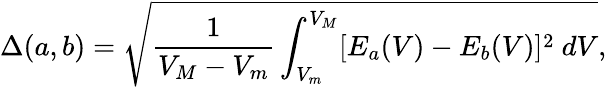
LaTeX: \Delta(a,b)=\sqrt{\frac{1}{V_{M}-V_{m}}\int_{V_{m}}^{V_{M}}[E_{a}(V)-E_{b}(V)]^{2}~dV},